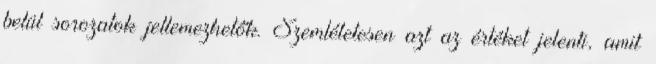
belül sorozatok jellemezhetők. Szemléletesen azt az értéket jelenti, amit